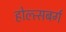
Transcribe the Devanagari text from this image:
होल्त्सबर्ग